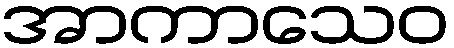
အာကာသေဝ